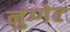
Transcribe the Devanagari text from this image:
नुग्गेट